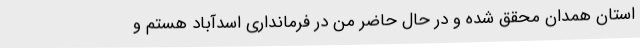
استان همدان محقق شده و در حال حاضر من در فرمانداری اسدآباد هستم و